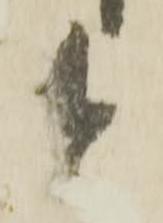
と